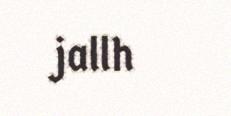
jallh